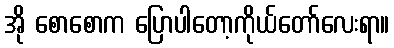
အို စောစောက ပြောပါတော့ကိုယ်တော်လေးရာ။